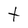
Character: t